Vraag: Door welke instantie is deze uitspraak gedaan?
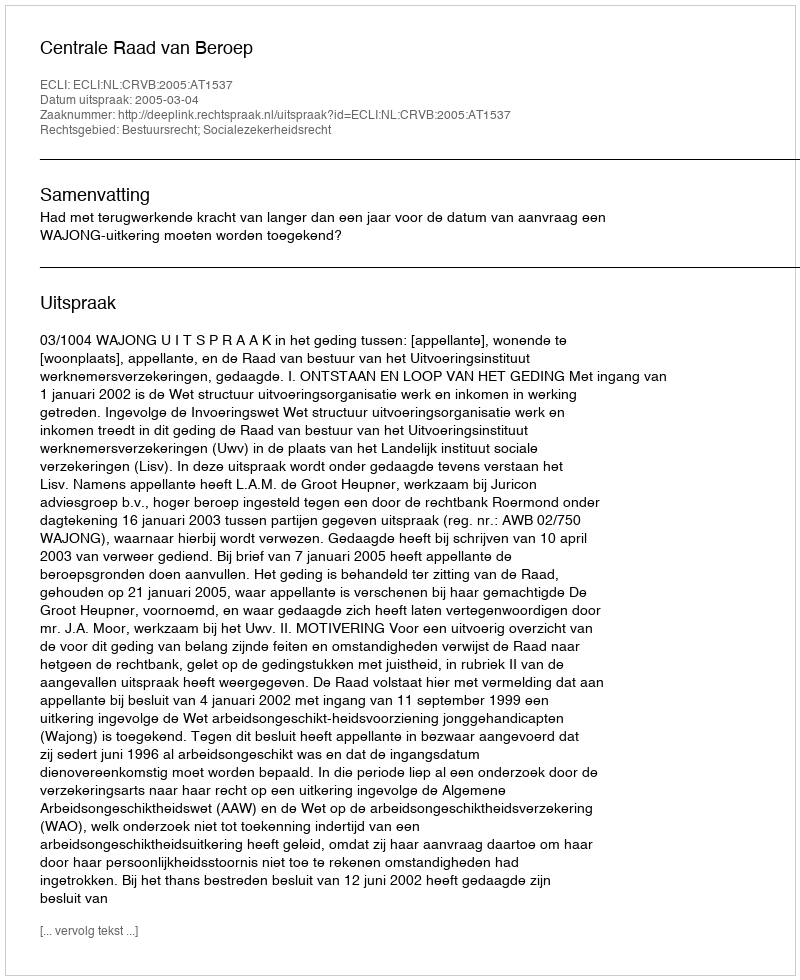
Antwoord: Centrale Raad van Beroep